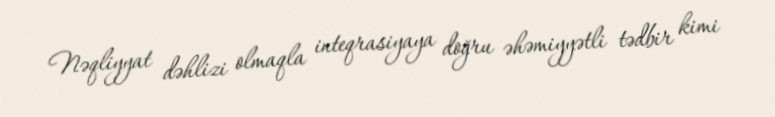
Nəqliyyat dəhlizi olmaqla inteqrasiyaya doğru əhəmiyyətli tədbir kimi